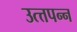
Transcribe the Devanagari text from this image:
उत्त्तपन्न